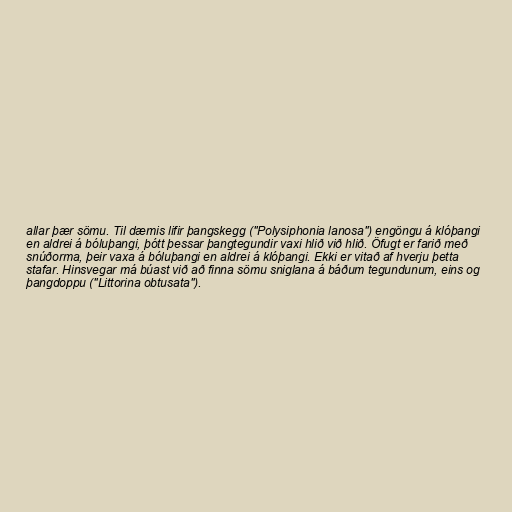
allar þær sömu. Til dæmis lifir þangskegg ("Polysiphonia lanosa") engöngu á klóþangi
en aldrei á bóluþangi, þótt þessar þangtegundir vaxi hlið við hlið. Öfugt er farið með
snúðorma, þeir vaxa á bóluþangi en aldrei á klóþangi. Ekki er vitað af hverju þetta
stafar. Hinsvegar má búast við að finna sömu sniglana á báðum tegundunum, eins og
þangdoppu ("Littorina obtusata").